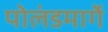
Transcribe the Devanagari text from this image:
पोलंडमार्गे